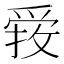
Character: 𱭃